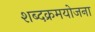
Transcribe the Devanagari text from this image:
शब्दक्रमयोजना